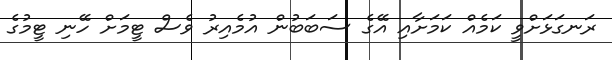
ރަނގަޅަށްވީ ކަމެއް ކަމަށާއި އޭގެ ސަބަބުން އުމެއިރު ވެސް ޓީމަށް ހޭނި ޓީމުގެ